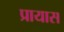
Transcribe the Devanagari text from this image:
प्रायास